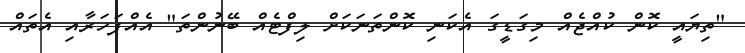
"ތިޔައީ ކޮން ކުއްޖެއް މިގަޑީގަ އެކަނި ކޮންތަނަކަށް ލިފްޓެއް ބޭނުންތަ" އެއްފަހަރާއި އެތައް